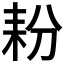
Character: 𮋤